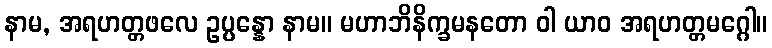
နာမ, အရဟတ္တဖလေ ဥပ္ပန္နော နာမ။ မဟာဘိနိက္ခမနတော ဝါ ယာဝ အရဟတ္တမဂ္ဂေါ။